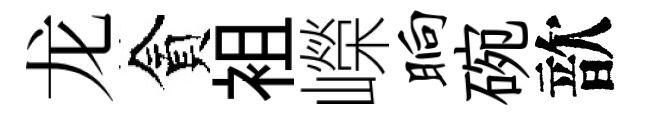
龙貪袓嶸晌碗歆